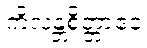
ကိလန္တစိတ္တာဧဝ